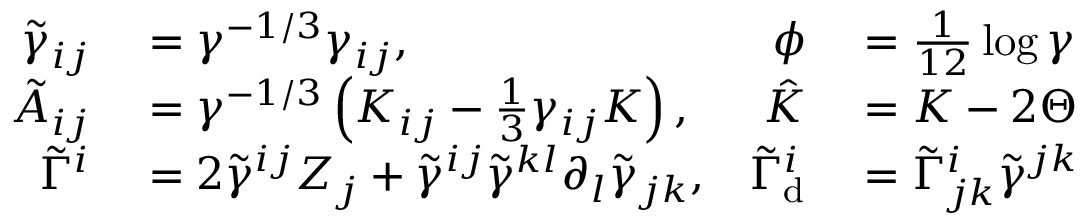
\begin{array} { r l r l } { \tilde { \gamma } _ { i j } } & { { } = \gamma ^ { - 1 / 3 } \gamma _ { i j } , } & { \phi } & { { } = \frac { 1 } { 1 2 } \log \gamma } \\ { \tilde { A } _ { i j } } & { { } = \gamma ^ { - 1 / 3 } \left( K _ { i j } - \frac { 1 } { 3 } \gamma _ { i j } K \right) , } & { \hat { K } } & { { } = K - 2 \Theta } \\ { \tilde { \Gamma } ^ { i } } & { { } = 2 \tilde { \gamma } ^ { i j } Z _ { j } + \tilde { \gamma } ^ { i j } \tilde { \gamma } ^ { k l } \partial _ { l } \tilde { \gamma } _ { j k } , } & { \tilde { \Gamma } _ { \mathrm { d } } ^ { i } } & { { } = \tilde { \Gamma } _ { j k } ^ { i } \tilde { \gamma } ^ { j k } } \end{array}